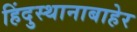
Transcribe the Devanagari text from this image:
हिंदुस्थानाबाहेर